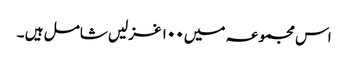
اس مجموعہ میں ۱۰۰ غزلیں شامل ہیں ۔